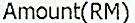
AMOUNT(RM)